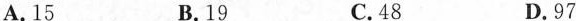
A.15 B.19 C.48 D.97